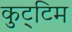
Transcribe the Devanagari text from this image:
कुट्‌टिम